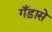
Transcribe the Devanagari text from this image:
गँड़ासे